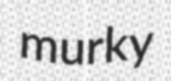
murky